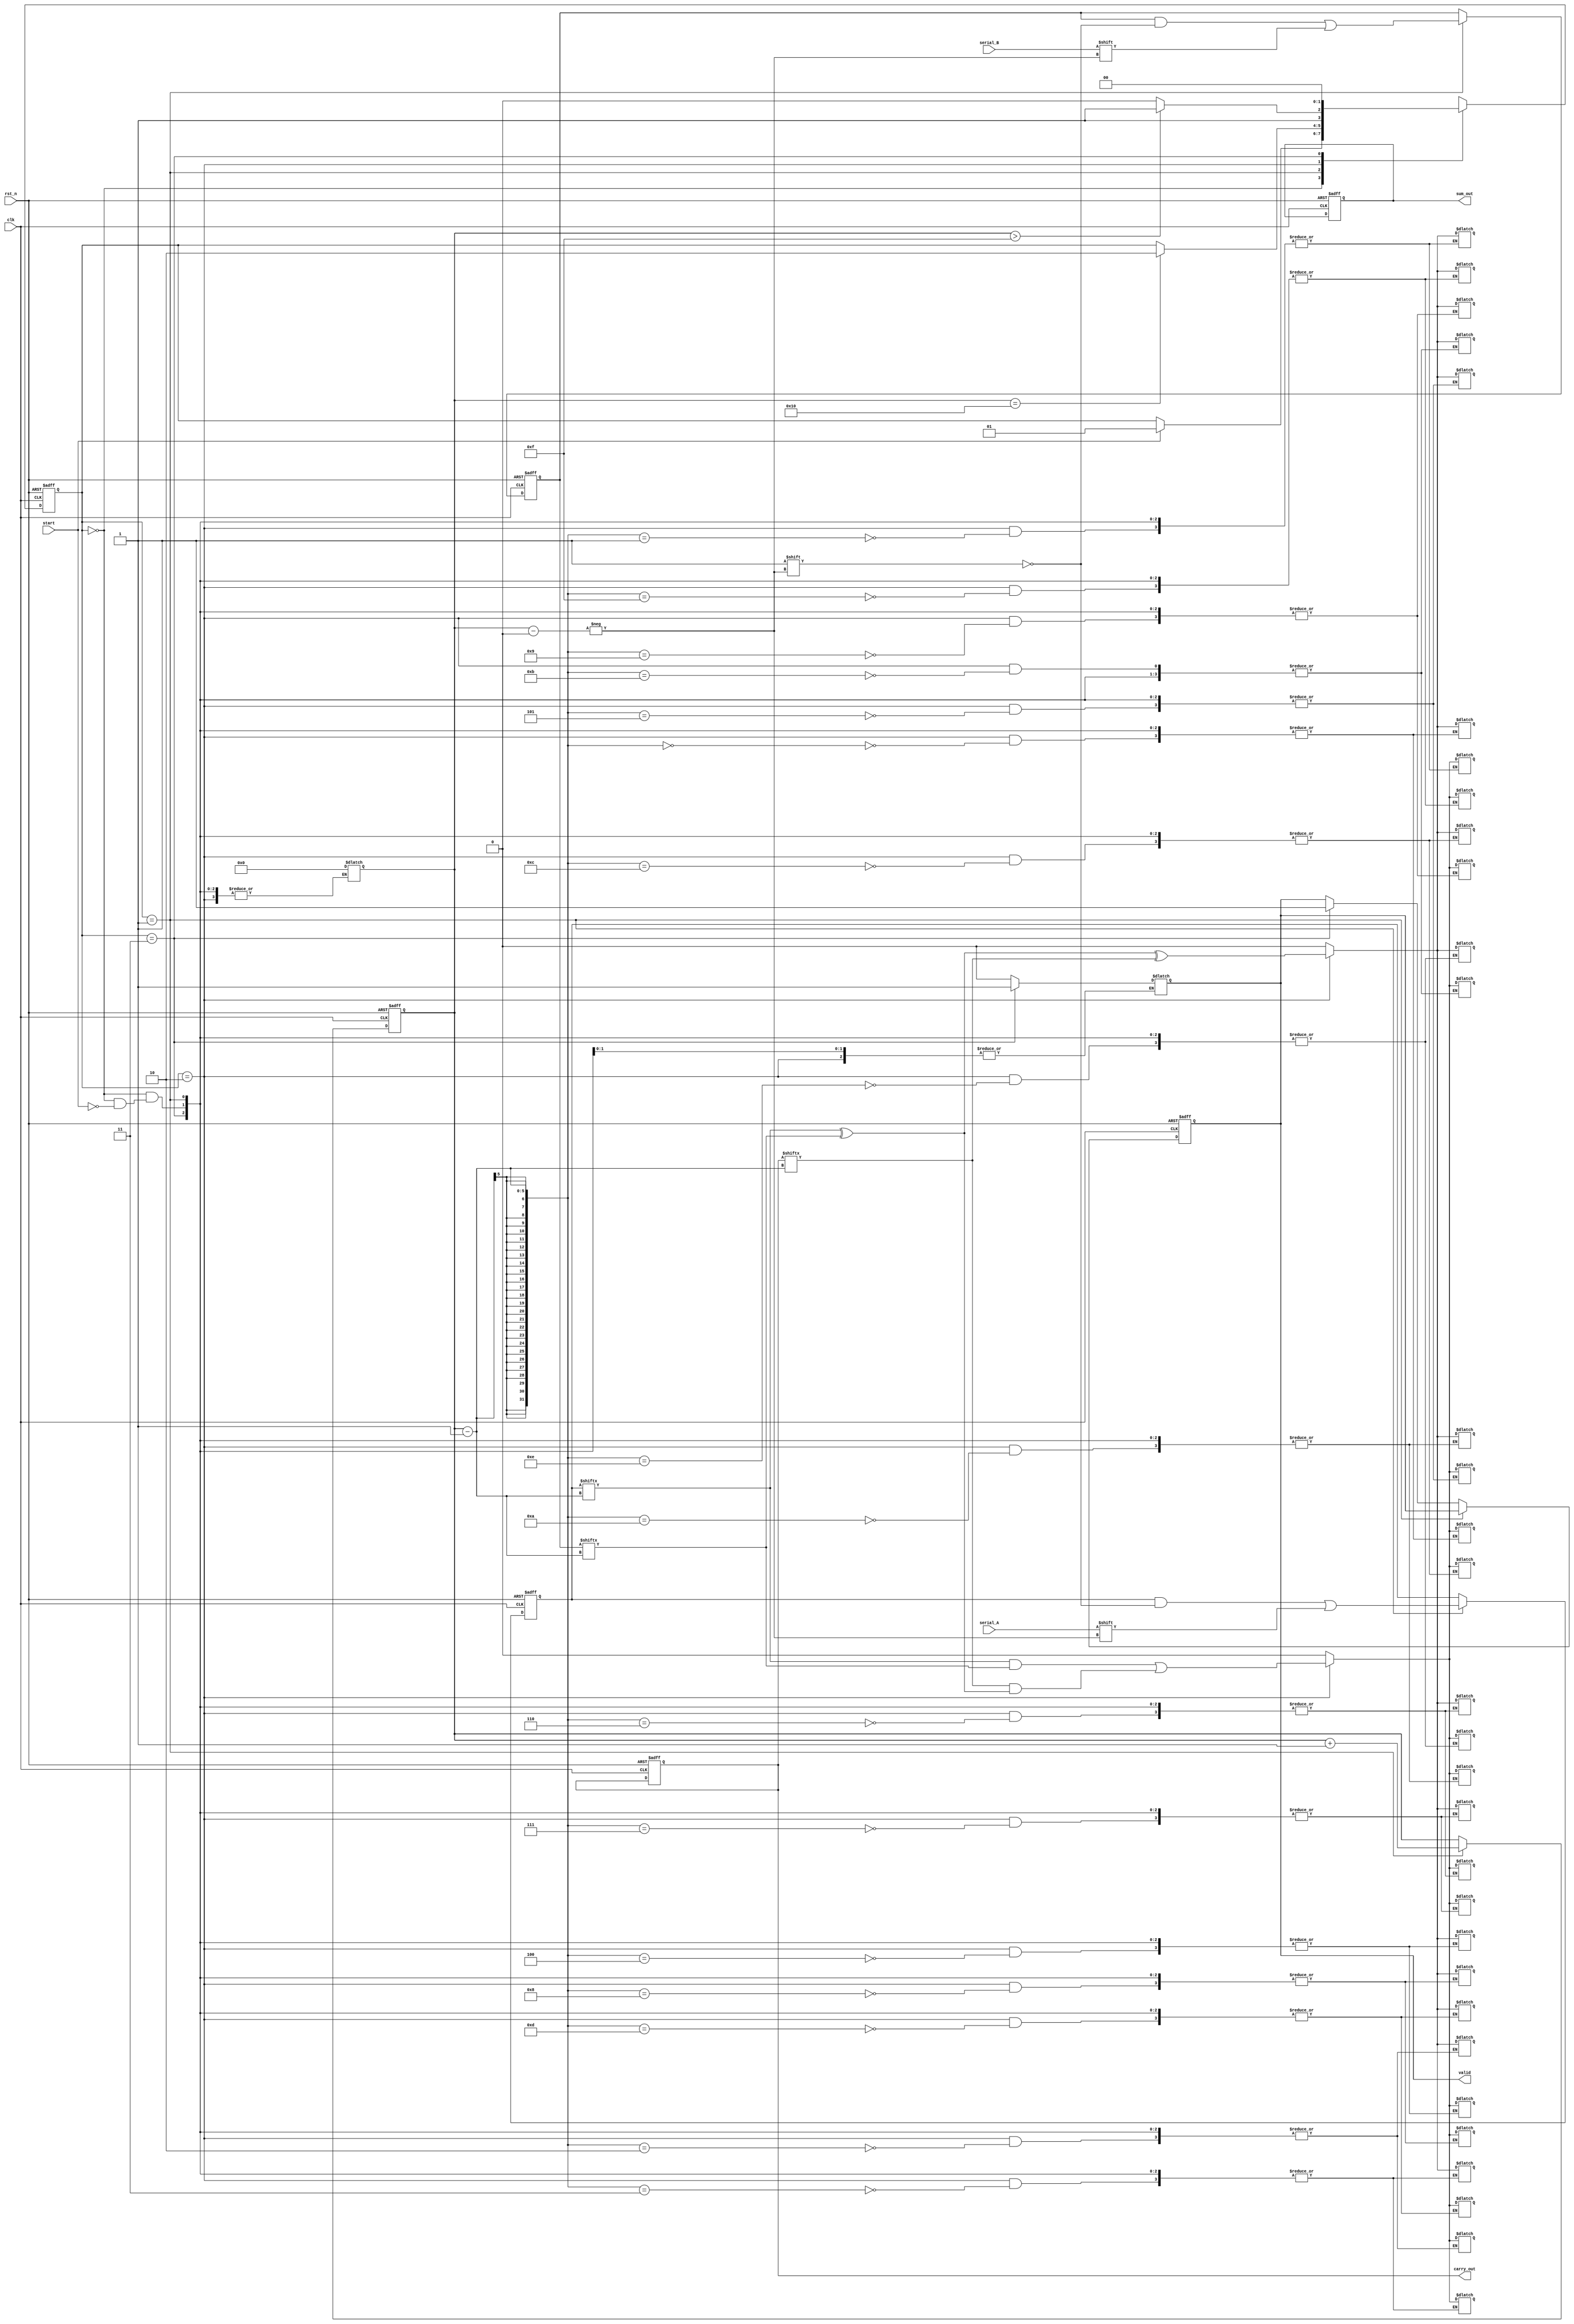
module CSA_Serial_Input (
    input clk,          // Clock signal
    input rst_n,       // Active-low reset
    input serial_A,    // Serial input for operand A
    input serial_B,    // Serial input for operand B
    input start,       // Signal to indicate the start of addition
    output reg [15:0] sum_out,  // Sum output
    output reg [15:0] carry_out, // Carry output
    output reg valid    // Indicates valid output
);

    reg [15:0] reg_A;  // Shift register for operand A
    reg [15:0] reg_B;  // Shift register for operand B
    reg [4:0] bit_count; // Count for received bits

    // Full adder output
    reg sum_temp;
    reg carry_temp;

    // State machine to manage bit reception
    parameter IDLE = 2'b00, READING = 2'b01, PROCESSING = 2'b10, OUTPUT = 2'b11;
    reg [1:0] state, next_state;

    // Sequential logic for state transition and bit reception
    always @(posedge clk or negedge rst_n) begin
        if (!rst_n) begin
            state <= IDLE;
            bit_count <= 0;
            reg_A <= 0;
            reg_B <= 0;
            sum_out <= 0;
            carry_out <= 0;
            valid <= 0;
        end else begin
            state <= next_state;

            if (state == READING) begin
                reg_A[bit_count] <= serial_A; // Shift in bits for A
                reg_B[bit_count] <= serial_B; // Shift in bits for B
                bit_count <= bit_count + 1;
            end
            else if (state == OUTPUT) begin
                valid <= 1; // Set valid output
            end
        end
    end

    // Combinational logic for processing and output
    always @(*) begin
        next_state = state;
        case (state)
            IDLE: begin
                if (start) begin
                    next_state = READING;
                    bit_count = 0;
                    sum_out = 0;
                    carry_out = 0;
                    valid = 0;
                end
            end
            READING: begin
                if (bit_count == 16) begin
                    next_state = PROCESSING;
                end
            end
            PROCESSING: begin
                // Full adder logic for the current bit
                sum_temp = reg_A[bit_count - 1] ^ reg_B[bit_count - 1] ^ carry_out[bit_count - 1];
                carry_temp = (reg_A[bit_count - 1] & reg_B[bit_count - 1]) | 
                              (carry_out[bit_count - 1] & (reg_A[bit_count - 1] ^ reg_B[bit_count - 1]));

                sum_out[bit_count - 1] <= sum_temp;
                carry_out[bit_count - 1] <= carry_temp;

                if (bit_count > 15) begin // Processing complete
                    next_state = OUTPUT;
                end else begin
                    next_state = PROCESSING;
                end
            end
            OUTPUT: begin
                // Keep the output stable
                valid = 1;
                next_state = IDLE; // Return to idle after output
            end
        endcase
    end
endmodule